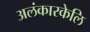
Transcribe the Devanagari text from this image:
अलंकारकेलि